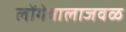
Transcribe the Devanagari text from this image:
लोंगेवालाजवळ